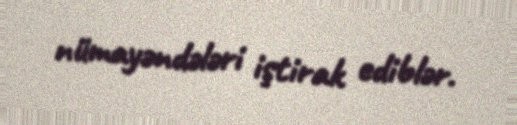
nümayəndələri iştirak ediblər.